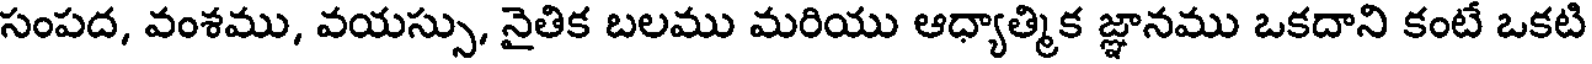
సంపద, వంశము, వయస్సు, నైతిక బలము మరియు ఆధ్యాత్మిక జ్ఞానము ఒకదాని కంటే ఒకటి